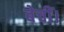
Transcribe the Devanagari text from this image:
बेचीं।